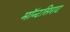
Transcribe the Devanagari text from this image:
मॉन्टसिराट